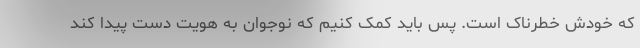
که خودش خطرناک است. پس باید کمک کنیم که نوجوان به هویت دست پیدا کند